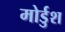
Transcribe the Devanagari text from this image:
मोर्डुश